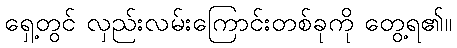
ရှေ့တွင် လှည်းလမ်းကြောင်းတစ်ခုကို တွေ့ရ၏။